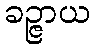
ခဉ္ဇာယ